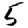
Digit: 5